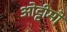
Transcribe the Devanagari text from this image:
ओट्टीमो